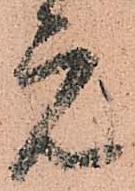
元